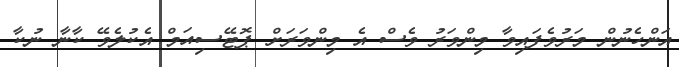
އަންހެނުން މަރުވެފައިވާ މިންވަރު ވެސް އެ މިންވަރަށް ޕޮޓޭސިއަމް އެކުލެވޭ ކާނާ ނުކާ